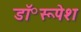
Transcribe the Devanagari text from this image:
डॉ॰रूपेश